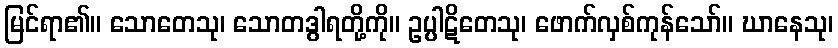
မြင်ရာ၏။ သောတေသု၊ သောတဒွါရတို့ကို။ ဥပ္ပါဋိတေသု၊ ဖောက်လှစ်ကုန်သော်။ ဃာနေသု၊